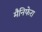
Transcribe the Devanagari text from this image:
मैनिफेरा